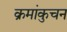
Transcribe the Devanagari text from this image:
क्रमांकुचन